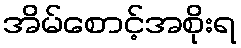
အိမ်စောင့်အစိုးရ